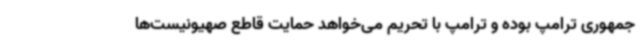
جمهوری ترامپ بوده و ترامپ با تحریم می‌خواهد حمایت قاطع صهیونیست‌ها